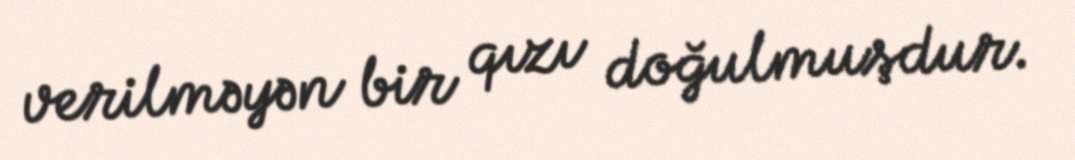
verilməyən bir qızı doğulmuşdur.